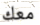
معك